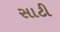
સાટી